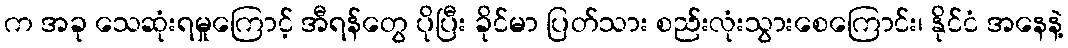
က အခု သေဆုံးရမှုကြောင့် အီရန်တွေ ပိုပြီး ခိုင်မာ ပြတ်သား စည်းလုံးသွားစေကြောင်း၊ နိုင်ငံ အနေနဲ့